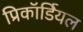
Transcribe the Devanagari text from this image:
प्रिकॉर्डियल